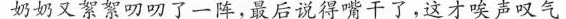
奶奶又絮絮叨叨了一阵，最后说得嘴干了，这才唉声叹气